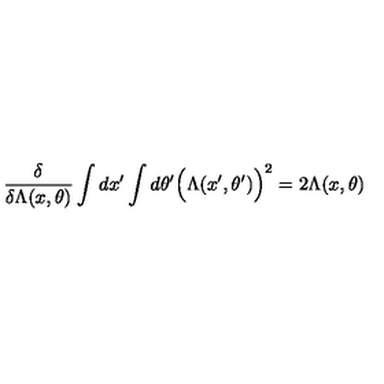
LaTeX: { \frac { \delta } { \delta \Lambda ( x , \theta ) } } \int d x ^ { \prime } \int d \theta ^ { \prime } \Big ( \Lambda ( x ^ { \prime } , \theta ^ { \prime } ) \Big ) ^ { 2 } = 2 \Lambda ( x , \theta )